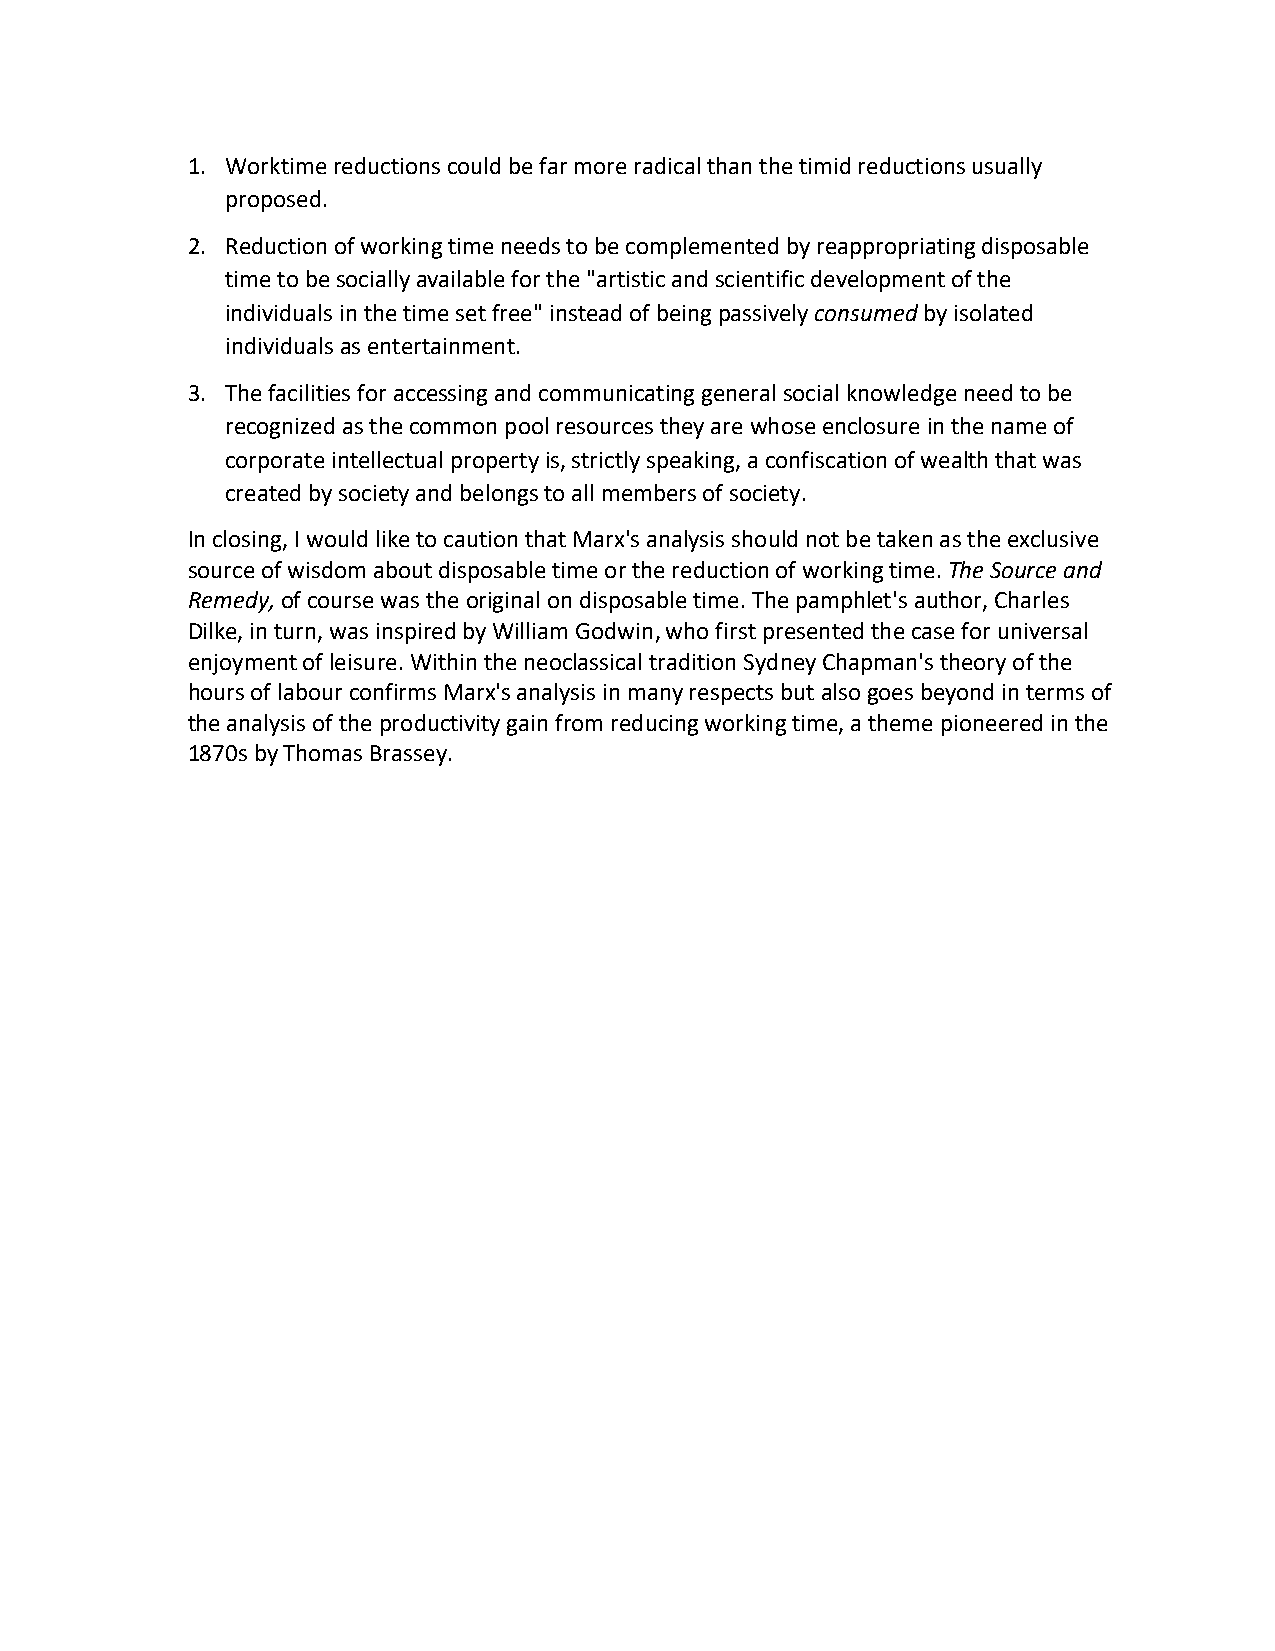
1. Worktime reductions could be far more radical than the timid reductions usually
 proposed.
 2. Reduction of working time needs to be complemented by reappropriating disposable
 time to be socially available for the "artistic and scientific development of the
 individuals in the time set free" instead of being passively consumed by isolated
 individuals as entertainment.
 3. The facilities for accessing and communicating general social knowledge need to be
 recognized as the common pool resources they are whose enclosure in the name of
 corporate intellectual property is, strictly speaking, a confiscation of wealth that was
 created by society and belongs to all members of society.
 In closing, I would like to caution that Marx's analysis should not be taken as the exclusive
 source of wisdom about disposable time or the reduction of working time. The Source and
 Remedy, of course was the original on disposable time. The pamphlet's author, Charles
 Dilke, in turn, was inspired by William Godwin, who first presented the case for universal
 enjoyment of leisure. Within the neoclassical tradition Sydney Chapman's theory of the
 hours of labour confirms Marx's analysis in many respects but also goes beyond in terms of
 the analysis of the productivity gain from reducing working time, a theme pioneered in the
 1870s by Thomas Brassey.